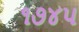
૧૭૪૫